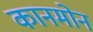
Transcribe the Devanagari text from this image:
कानमोन